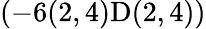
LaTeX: \left(-6(2,4)\textrm{D}(2,4)\right)